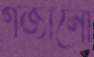
গজানো